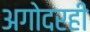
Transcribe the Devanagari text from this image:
अगोदरही